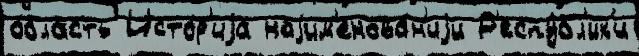
о́бласть Исто́р'иjа наjим'енова́н'иjи Р'еспу́бл'ик'и